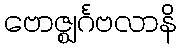
ဗောဇ္ဈင်္ဂဗလာနိ